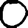
Digit: 0